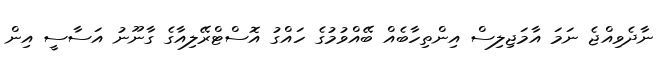
ނާދެވިއްޖެ ނަމަ އާމަޖިލިސް އިންތިހާބެއް ބޭއްވުމުގެ ހައްގު އޮސްޓްރޭލިއާގެ ގާނޫނު އަސާސީ އިން